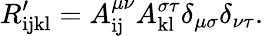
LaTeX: R_{\mathrm{ijkl}}^{\prime}=A_{\mathrm{ij}}^{\mu\nu}A_{\mathrm{kl}}^{\sigma\tau}\delta_{\mu\sigma}\delta_{\nu\tau}.